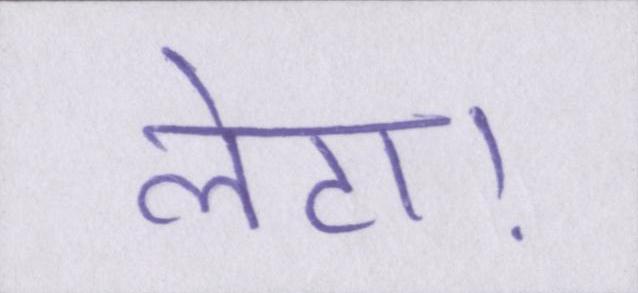
लेटा।